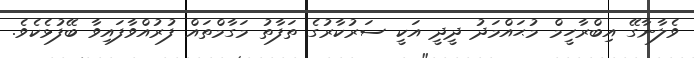
ވެލާނާގޭ އިބްރާހީމް މުޙައްމަދު ދީދީ އަކީ ސަރުކާރުގެ ތަފާތު މަގާމްތައް ފުރުއްވާފައިވާ ބޭފުޅެކެވެ.